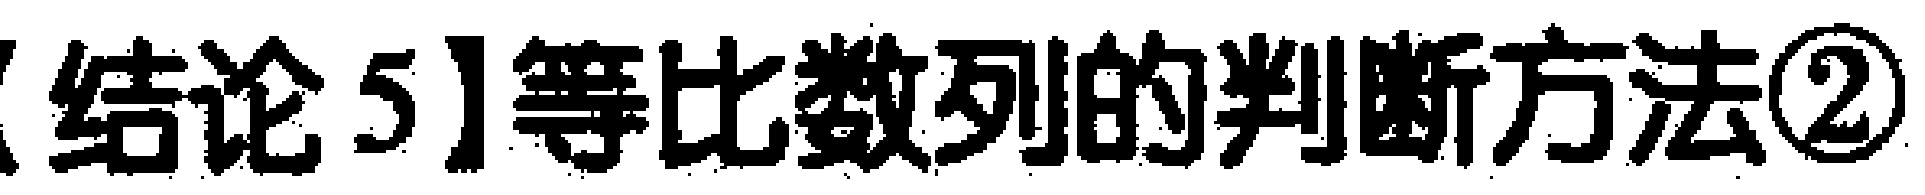
【结论5】等比数列的判断方法\textcircled{2}